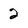
Character: 2